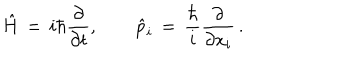
LaTeX: \hat { H } \, = \, i \hbar { \frac { \partial } { \partial t } } , \qquad \hat { p } _ { i } \, = \, { \frac { \hbar } { i } } { \frac { \partial } { \partial x _ { i } } } \, .